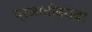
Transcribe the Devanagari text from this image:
प्रजातीबरोबर